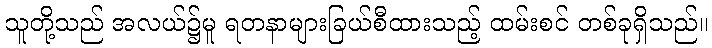
သူတို့သည် အလယ်၌မူ ရတနာများခြယ်စီထားသည့် ထမ်းစင် တစ်ခုရှိသည်။